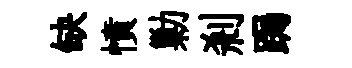
缺憤勦剎跼